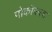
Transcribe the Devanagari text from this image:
पोकॉकला